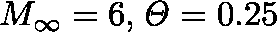
M _ { \infty } = 6 , \mathit { \Theta } = 0 . 2 5